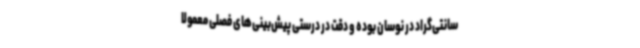
سانتی‌گراد در نوسان بوده و دقت در درستی پیش‌بینی‌های فصلی معمولاً